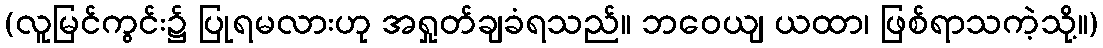
(လူမြင်ကွင်း၌ ပြုရမလားဟု အရှုတ်ချခံရသည်။ ဘဝေယျ ယထာ၊ ဖြစ်ရာသကဲ့သို့။)